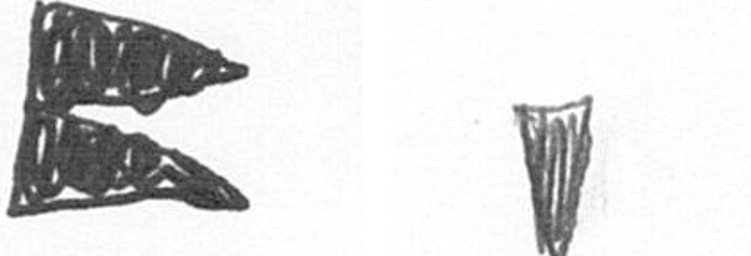
P J